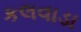
કલવાડા